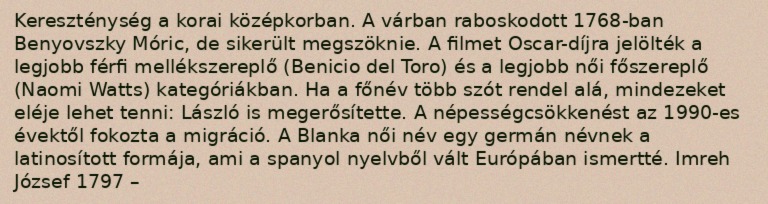
Kereszténység a korai középkorban. A várban raboskodott 1768-ban Benyovszky Móric, de sikerült megszöknie. A filmet Oscar-díjra jelölték a legjobb férfi mellékszereplő (Benicio del Toro) és a legjobb női főszereplő (Naomi Watts) kategóriákban. Ha a főnév több szót rendel alá, mindezeket eléje lehet tenni: László is megerősítette. A népességcsökkenést az 1990-es évektől fokozta a migráció. A Blanka női név egy germán névnek a latinosított formája, ami a spanyol nyelvből vált Európában ismertté. Imreh József 1797 –